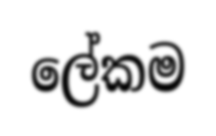
ලේකම